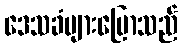
ဒေသခံများပြောသည်